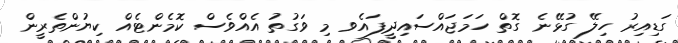
ގަޑިއިރު ހިލޭ ގުޅޭނެ ގޮތް ހަމަޖައްސައިދީފައެވ މި ވަގުތު އެއްވެސް ކޮމެންޓެއް ކިޔުންތެރީން